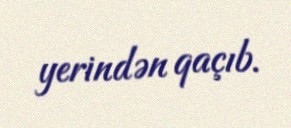
yerindən qaçıb.